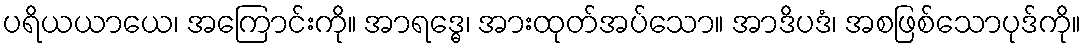
ပရိယယာယေ၊ အကြောင်းကို။ အာရဒ္ဓေ၊ အားထုတ်အပ်သော။ အာဒိပဒံ၊ အစဖြစ်သောပုဒ်ကို။